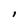
Character: I